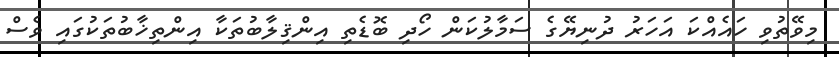
މިވޭތުވި ހައެއްކަ އަހަރު ދުނިޔޭގެ ސަމާލުކަން ހޯދި ބޮޑެތި އިންޤިލާބުތަކާ އިންތިޚާބުތަކުގައި ވެސް